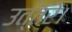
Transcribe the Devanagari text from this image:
उत्तरे।